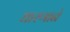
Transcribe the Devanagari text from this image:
धारणाने